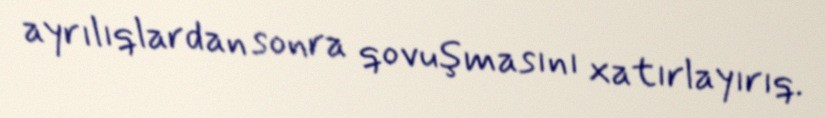
ayrılıqlardan sonra qovuşmasını xatırlayırıq.